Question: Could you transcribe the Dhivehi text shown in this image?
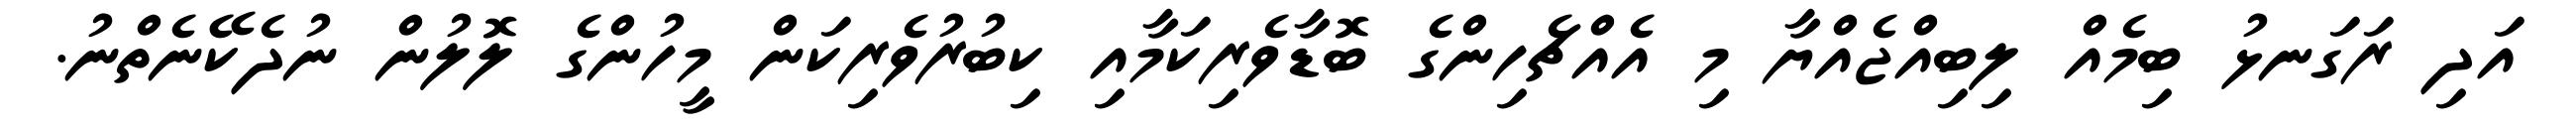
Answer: އަދި ރަގަނޅު ބިމެއް ލިބިއްޖެއްޔާ މި އެއްޗެހިންގެ ބޮޑާވެރިކަމާއި ކިބުރުވެރިކަން މީހުންގެ ލޮލުން ނުދެކޭނެތްނު.